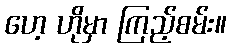
ဟေ့ ဟိုမှာ ကြည့်စမ်း။